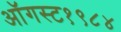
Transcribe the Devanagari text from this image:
ऑगस्ट१९८४